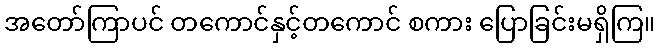
အတော်ကြာပင် တကောင်နှင့်တကောင် စကား ပြောခြင်းမရှိကြ။